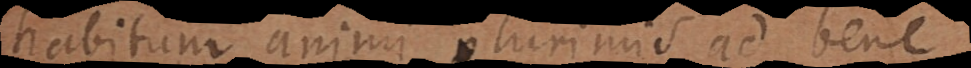
habitum animi plurimis maximequ